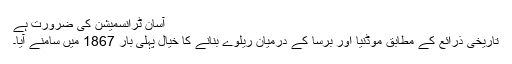
آسان ٹرانسمیشن کی ضرورت ہے
تاریخی ذرائع کے مطابق موڈنیا اور برسا کے درمیان ریلوے بنانے کا خیال پہلی بار 1867 میں سامنے آیا۔